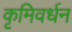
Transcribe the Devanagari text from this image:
कृमिवर्धन